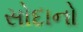
સોદાનો